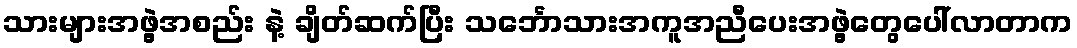
သားများအဖွဲ့အစည်း နဲ့ ချိတ်ဆက်ပြီး သင်္ဘောသားအကူအညီပေးအဖွဲ့တွေပေါ်လာတာက